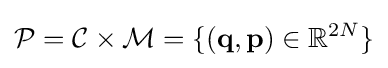
{\mathcal {P}}={\mathcal {C}}\times {\mathcal {M}}=\{(\mathbf {q} ,\mathbf {p} )\in \mathbb {R} ^{2N}\}